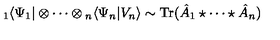
{ } _ { 1 } \langle \Psi _ { 1 } | \otimes \cdots \otimes { } _ { n } \langle \Psi _ { n } | V _ { n } \rangle \sim \mathrm { T r } ( \hat { A } _ { 1 } \star \cdots \star \hat { A } _ { n } )